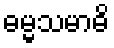
ဓမ္မသမာဓိ